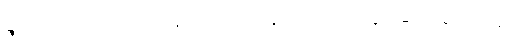
ရုပ်ရည်အပြောအဆို အနေအထိုင်ထူးခြားခြင်းမရှိ။